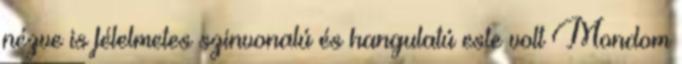
nézve is félelmetes szinvonalú és hangulatú este volt Mondom